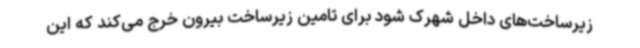
زیرساخت‌های داخل شهرک شود برای تامین زیرساخت بیرون خرج می‌کند که این